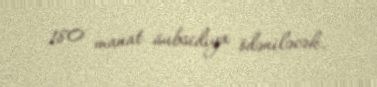
180 manat subsidiya ödəniləcək.